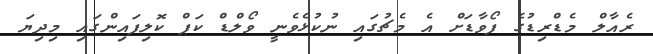
ރެއާލް މެޑްރިޑުގެ ފޯވާޑަށް އެ މެޗުގައި ނުކުޅެވެނީ ވޯލްޑް ކަޕް ކޮލިފައިންގައި މިދިޔަ